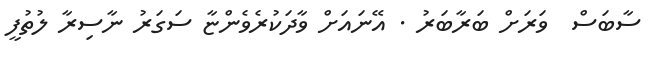
ސާބަސް  ވަރަށް ބަރާބަރު . އޭނައަށް ވާދަކުރެވެންޏާ ސަގަރު ނާސިރާ ލުތުފީ